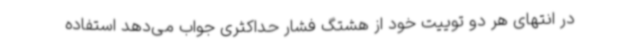
در انتهای هر دو توییت خود از هشتگ فشار حداکثری جواب می‌دهد استفاده